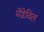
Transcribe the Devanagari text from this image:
मेंडेविल